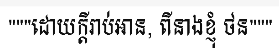
"""ដោយក្តីរាប់អាន, ពីនាងខ្ញុំ ថន"""